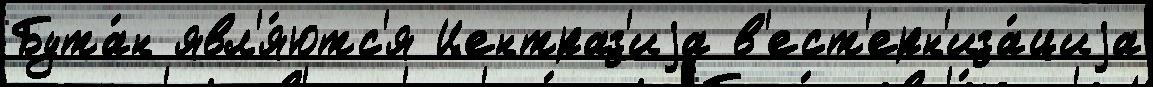
Бута́н явл'я́ютс'я Центраз'иjа в'ест'ерн'иза́циjа